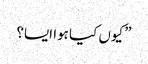
” کیوں کیا ہوا ایسا؟